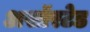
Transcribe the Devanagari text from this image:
असॉरटेड